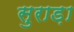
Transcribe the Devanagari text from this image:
सुराड़ा